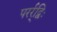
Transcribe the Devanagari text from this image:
परर्र्द्विः